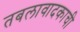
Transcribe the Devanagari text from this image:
तबलावादकाची